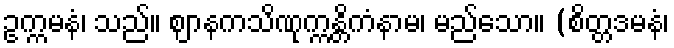
ဥက္ကမနံ၊ သည်။ ဈာနကသိဏုက္ကန္တိကံနာမ၊ မည်သော။ (စိတ္တဒမနံ၊